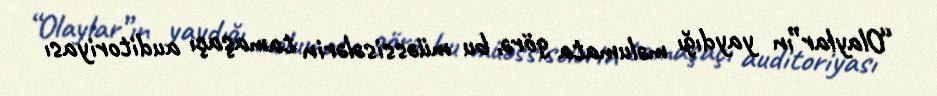
“Olaylar”ın yaydığı məlumata görə, bu müəssisələrin tamaşaçı auditoriyası